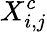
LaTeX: X_{i,j}^{c}